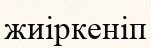
жиіркеніп